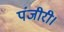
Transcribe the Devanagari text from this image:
पंजीरी।